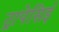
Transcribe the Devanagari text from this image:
ट्रापेसिई